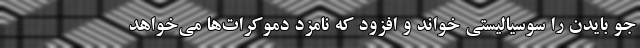
جو بایدن را سوسیالیستی خواند و افزود که نامزد دموکرات‌ها می‌خواهد